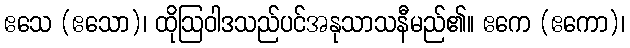
ဧသေ (ဧသော)၊ ထိုဩဝါဒသည်ပင်အနုသာသနီမည်၏။ ဧကေ (ဧကော)၊